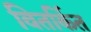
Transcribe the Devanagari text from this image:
वितर्कित